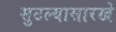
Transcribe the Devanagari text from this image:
सुटल्यासारखे